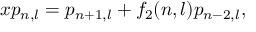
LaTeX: x p _ { n , l } = p _ { n + 1 , l } + f _ { 2 } ( n , l ) p _ { n - 2 , l } ,